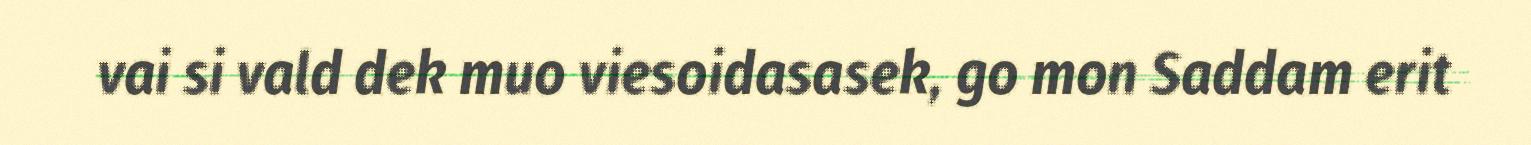
vai si vald dek muo viesoidasasek, go mon Saddam erit